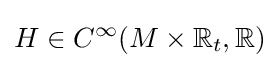
H\in C^{\infty }(M\times \mathbb {R} _{t},\mathbb {R} )